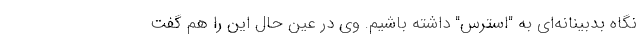
نگاه بدبینانه‌ای به "استرس" داشته باشیم. وی در عین حال این را هم گفت